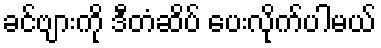
ခင်ဗျားကို ဒီတံဆိပ် ပေးလိုက်ပါမယ်